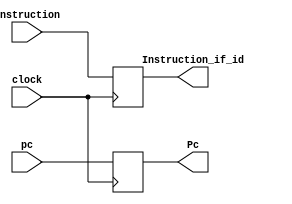
module if_id (
	input clock,
	input wire [63:0] pc,
	input wire [31:0] instruction,

	output reg [31:0] Instruction_if_id,
	output reg [63:0] Pc
);

always @(posedge(clock)) begin
	Pc <= pc;
	Instruction_if_id <= instruction;
end

endmodule